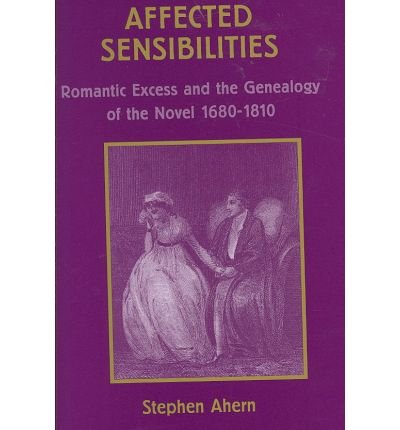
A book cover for Affected Sensibilities: Romantic Excess And The Genealogy Of The Novel, 1680-1810 (Ams Studies in the Eighteenth Century); Stephen Ahern; Romance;